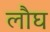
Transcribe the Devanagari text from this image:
लौघ